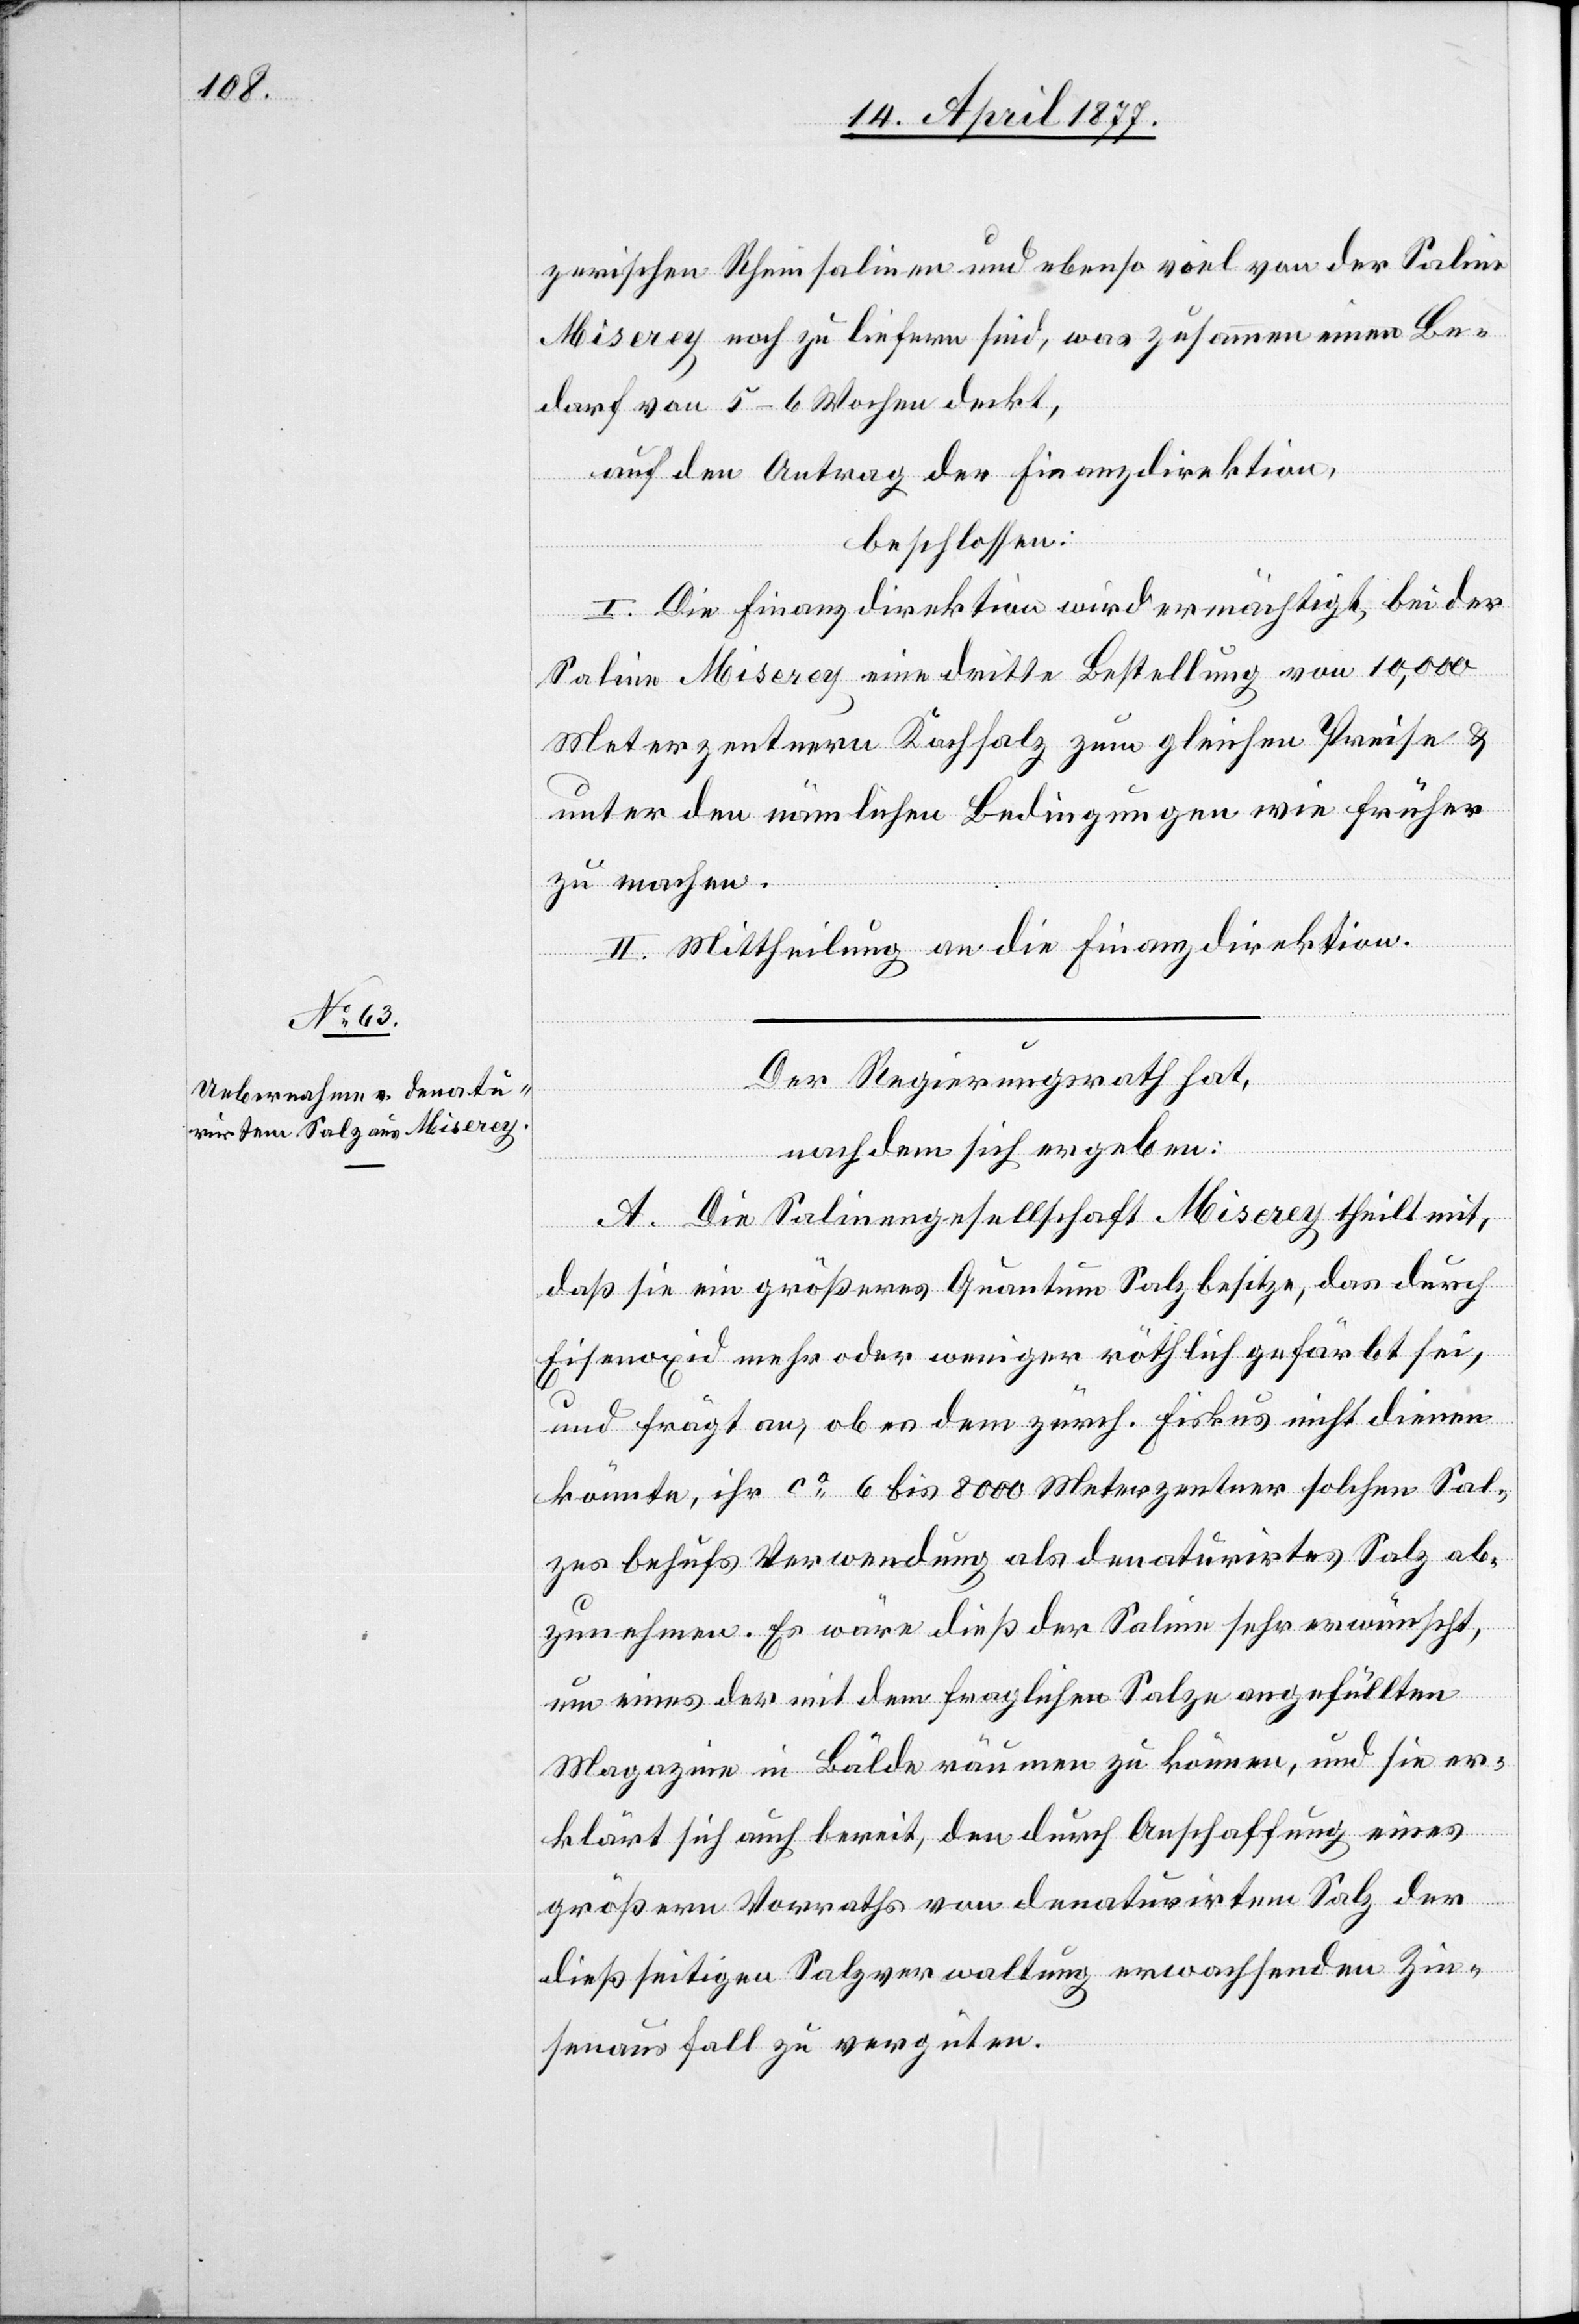
zerischen Rheinsalinen und ebenso viel von der Saline
Miserey noch zu liefern sind, was zusammen einen Be¬
darf von 5–6 Wochen deckt,
auf den Antrag der Finanzdirektion,
beschlossen:
I. Die Finanzdirektion wird ermächtigt, bei der
Saline Miserey eine dritte Bestellung von 10,000
Meterzentnern Kochsalz zum gleichen Preise &
unter den nämlichen Bedingungen wie früher
zu machen.
II. Mittheilung an die Finanzdirektion.
Der Regierungsrath hat,
nachdem sich ergeben:
A. Die Salinengesellschaft Miserey theilt mit,
daß sie ein größeres Quantum Salz besitze, das durch
Eisenoxid mehr oder weniger röthlich gefärbt sei,
und frägt an, ob es dem zürch. Fiskus nicht dienen
könnte, ihr ca 6 bis 8000 Meterzentner solchen Sal¬
zes behufs Verwendung als denaturirtes Salz ab¬
zunehmen. Es wäre dieß der Saline sehr erwünscht,
um eines der mit dem fraglichen Salze angefüllten
Magazine in Bälde räumen zu können, und sie er¬
klärt sich auch bereit, den durch Anschaffung eines
größern Vorraths von denaturirtem Salz der
dießseitigen Salzverwaltung erwachsenden Zin¬
senausfall zu vergüten.